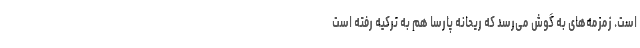
است. زمزمه‌های به گوش می‌رسد که ریحانه پارسا هم به ترکیه رفته است